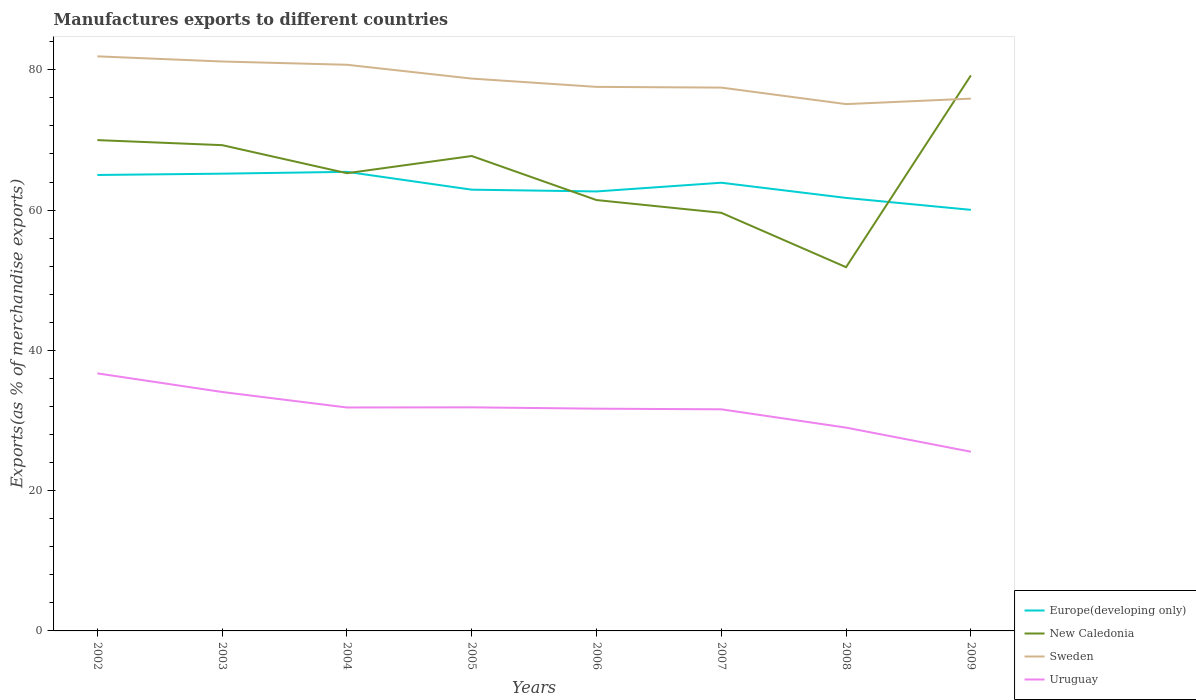
| Years | Europe(developing only) | New Caledonia | Sweden | Uruguay |
 | --- | --- | --- | --- | --- |
 | 2002 | 65 | 70 | 81.9 | 36.7 |
 | 2003 | 65.2 | 69.3 | 81.2 | 34.1 |
 | 2004 | 65.5 | 65.3 | 80.7 | 31.9 |
 | 2005 | 62.9 | 67.7 | 78.8 | 31.9 |
 | 2006 | 62.7 | 61.4 | 77.6 | 31.7 |
 | 2007 | 63.9 | 59.6 | 77.5 | 31.6 |
 | 2008 | 61.7 | 51.9 | 75.1 | 29 |
 | 2009 | 60 | 79.2 | 75.9 | 25.6 |